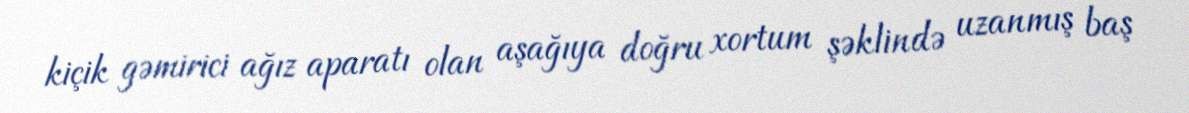
kiçik gəmirici ağız aparatı olan aşağıya doğru xortum şəklində uzanmış baş